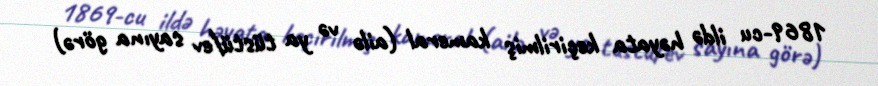
1869-cu ildə həyata keçirilmiş kameral (ailə və ya tüstü/ev sayına görə)